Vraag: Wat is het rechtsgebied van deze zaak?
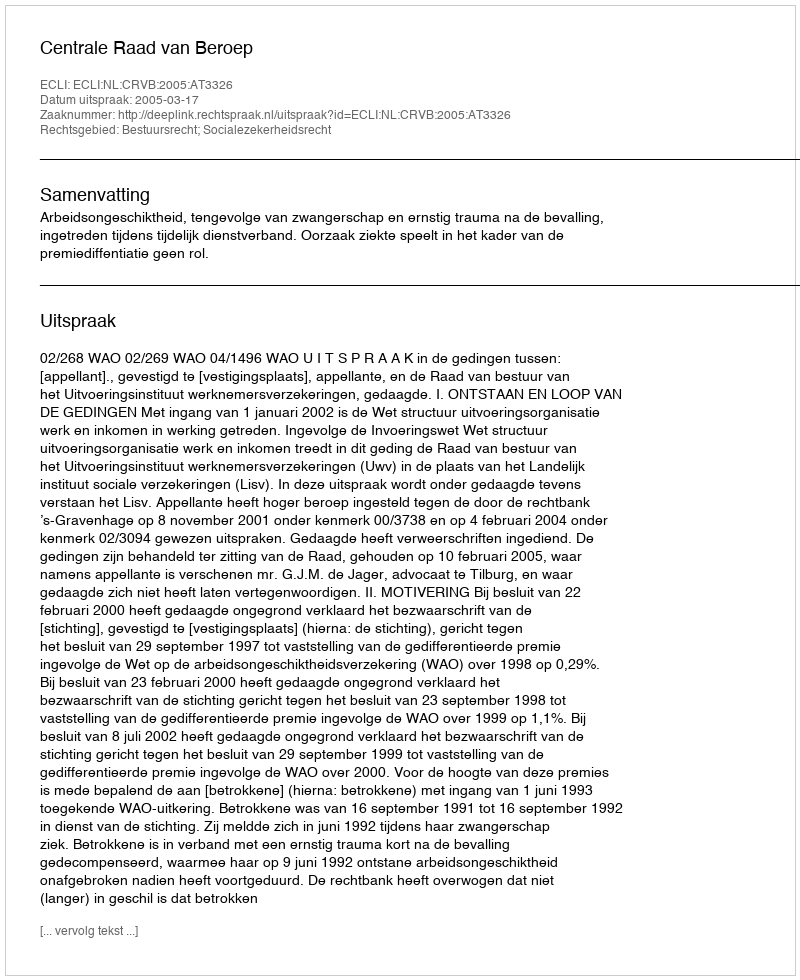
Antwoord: Bestuursrecht; Socialezekerheidsrecht